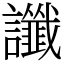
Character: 讖